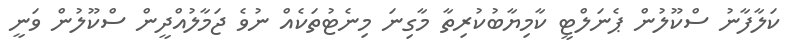
ކަލާފާނު ސްކޫލުން ޕެނަލްޓީ ކާމިޔާބުކުރިތާ މާގިނަ މިނެޓުތަކެއް ނުވެ ޖަމާލުއްދީން ސްކޫލުން ވަނީ